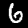
Digit: 6